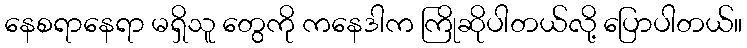
နေစရာနေရာ မရှိသူ တွေကို ကနေဒါက ကြိုဆိုပါတယ်လို့ ပြောပါတယ်။